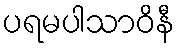
ပရမပါသာဝိနီ